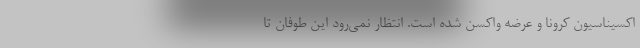
اکسیناسیون کرونا و عرضه واکسن شده است. انتظار نمی‌رود این طوفان تا